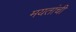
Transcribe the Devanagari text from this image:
मयतांची